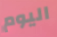
اليوم